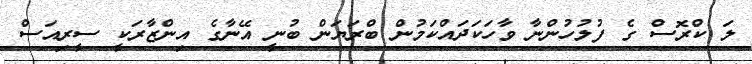
ލަ ކްރޮސް ގެ ފުލުހުންނާ ވާހަކަދައްކަމުން ބްރަޔަން ބުނީ އޭނާގެ އިންޒާރަކީ ސީރިއަސް